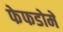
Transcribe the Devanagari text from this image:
फेफडोमें